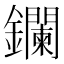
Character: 鑭